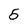
Character: 5